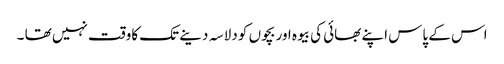
اس کے پاس اپنے بھائی کی بیوہ اور بچوں کو دلاسہ دینے تک کاوقت نہیں تھا ۔